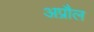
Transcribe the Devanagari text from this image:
अप्रौल